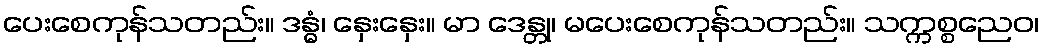
ပေးစေကုန်သတည်း။ ဒန္ဓံ၊ နှေးနှေး။ မာ ဒေန္တု၊ မပေးစေကုန်သတည်း။ သက္ကစ္စညေဝ၊